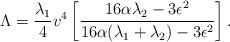
LaTeX: \begin{align*}\Lambda = {\lambda_1 \over 4} v^4 \left[{16 \alpha \lambda_2 - 3 \epsilon^2 \over16 \alpha(\lambda_1 + \lambda_2) - 3 \epsilon^2 }\right]. \end{align*}